Note on the mental hospitals in Burma - 1925-1940
Year: 1925
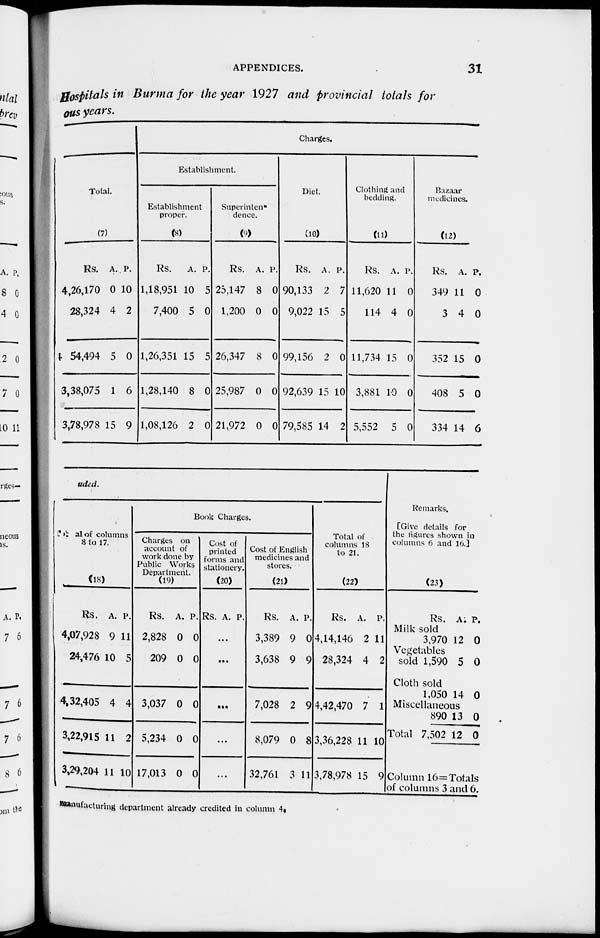
APPENDICES.
31
Hospitals in Burma for the year 1927 and provincial totals for
ous years.
Total.
(7)
Rs.
4,26,170
28,324
54,494
3,38,075
3,78,978
A.
0
4
5
1
15
P.
10
2
0
6
9
Charges.
Establishment.
Establishment
proper.
(8)
Rs.
1,18,951
7,400
1,26,351
1,28,140
1,08,126
A.
10
5
15
8
2
P.
5
0
5
0
0
Superintend
dence.
(9)
Rs.
25,147
1,200
26,347
25,987
21,972
A.
8
0
8
0
0
P.
0
0
0
0
0
Diet.
(10)
Rs.
90,133
9,022
99,156
92,639
79,585
A.
2
15
2
15
14
P.
7
5
0
10
2
Clothing and
bedding.
(11)
Rs.
11,620
114
11,734
3,881
5,552
A.
11
4
15
10
5
P.
0
0
0
0
0
Bazaar
medicines.
(12)
Rs.
349
3
352
408
334
A.
11
4
15
5
14
P.
0
0
0
0
6
uded.
total of columns
8 to 17.
(18)
Rs.
4,07,928
24,476
4,32,405
3,22,915
3,29,204
A.
9
10
4
11
11
P.
11
5
4
2
10
Book Charges.
Charges on
account of
work done by
Public Works
Department.
(19)
Rs.
2,828
209
3,037
5,234
17,013
A.
0
0
0
0
0
P.
0
0
0
0
0
Cost of
printed
forms and
stationery.
(20)
Rs. A. P.
...
...
...
...
...
Cost of English
medicines and
stores.
(21)
Rs.
3,389
3,638
7,028
8,079
32,761
A.
9
9
2
0
3
P.
0
9
9
8
11
Total of
columns 18
to 21.
(22)
Rs.
4,14,146
28,324
4,42,470
3,36,228
3,78,978
A.
2
4
7
11
15
P.
11
2
1
10
9
Remarks,
[Give details for
the figures shown in
columns 6 and 16.]
(23)
Rs.
Milk sold
3,970
Vegetables
sold 1,590
Cloth sold
1,050
Miscellaneous
890
Total 7,502
A.
12
5
14
13
12
P.
0
0
0
0
0
Column 16=Totals
of columns 3 and 6.
manufacturing department already credited in column 4.